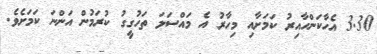
3.30 އެހާކަންހާއިރު ކަމަށާއި މިހާރު އެ މައްސަލަ ތަހުގީގު ކުރަމުން އަންނަ ކަމަށެވެ.